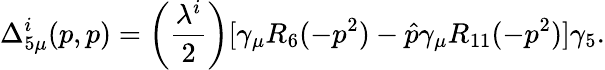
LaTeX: \Delta_{5\mu}^{i}(p,p)=\left({\frac{\lambda^{i}}{2}}\right)[\gamma_{\mu}R_{6}(-p^{2})-\hat{p}\gamma_{\mu}R_{11}(-p^{2})]\gamma_{5}.